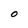
Character: O